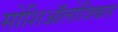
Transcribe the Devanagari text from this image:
सोशिऑलोजिकल